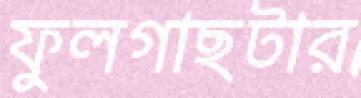
ফুলগাছটার